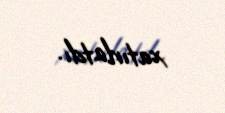
xatırlatdı.